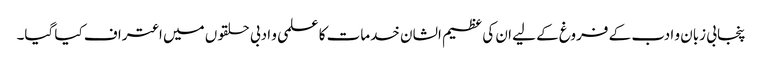
پنجابی زبان و ادب کے فروغ کے لیے ان کی عظیم الشان خدمات کا علمی و ادبی حلقوں میں اعتراف کیا گیا۔